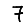
Digit: 7